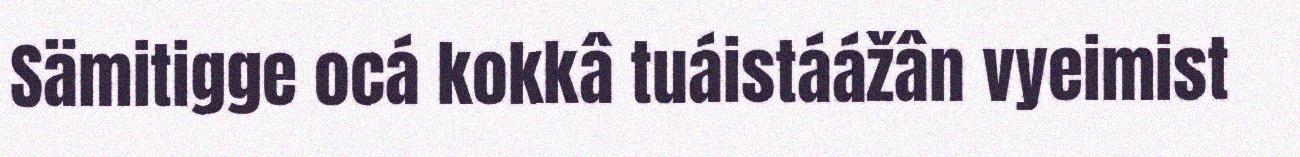
Sämitigge ocá kokkâ tuáistáážân vyeimist